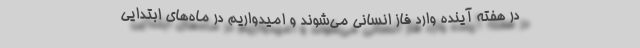
در هفته آینده وارد فاز انسانی می‌شوند و امیدواریم در ماه‌های ابتدایی